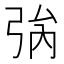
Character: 𢏟